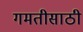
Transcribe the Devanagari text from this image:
गमतीसाठी